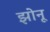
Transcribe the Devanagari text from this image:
झोनू